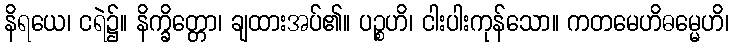
နိရယေ၊ ငရဲ၌။ နိက္ခိတ္တော၊ ချထားအပ်၏။ ပဉ္စဟိ၊ ငါးပါးကုန်သော။ ကတမေဟိဓမ္မေဟိ၊